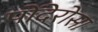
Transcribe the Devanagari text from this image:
पोंदेरोसा